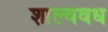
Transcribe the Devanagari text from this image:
शाल्ववध